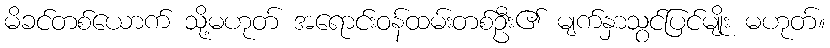
မိခင်တစ်ယောက် သို့မဟုတ် အရောင်းဝန်ထမ်းတစ်ဦး၏ မျက်နှာသွင်ပြင်မျိုး မဟုတ်။